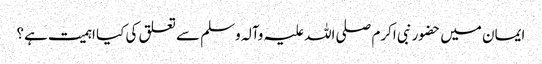
ایمان میں حضور نبی اکرم صلی اللہ علیہ وآلہ وسلم سے تعلق کی کیا اہمیت ہے؟